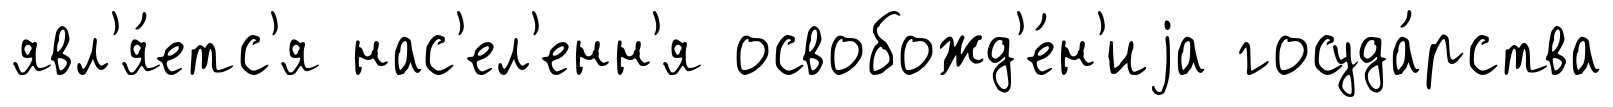
явл'я́етс'я нас'ел'енн'я освобожд'е́н'иjа госуда́рства